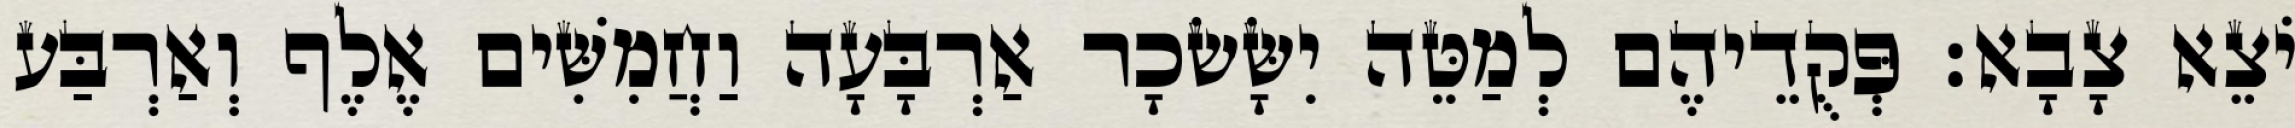
יֹצֵא צָבָא׃ פְּקֻדֵיהֶם לְמַטֵּה יִשָּׂשׂכָר אַרְבָּעָה וַחֲמִשִּׁים אֶלֶף וְאַרְבַּע